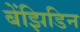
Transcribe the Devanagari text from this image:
बेंझिडिन